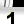
Digit: 1